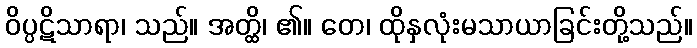
ဝိပ္ပဋိသာရာ၊ သည်။ အတ္ထိ၊ ၏။ တေ၊ ထိုနှလုံးမသာယာခြင်းတို့သည်။